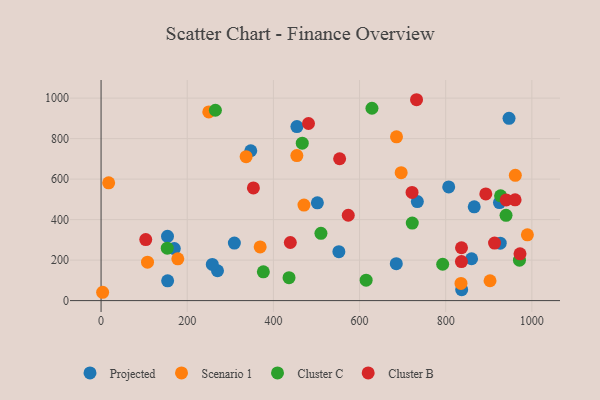
{"axis": {"x": "Speed", "y": "Demand"}, "legend": ["Cluster B", "Cluster C", "Projected", "Scenario 1"], "data": [{"x": "552.0", "y": 241.5, "type": "Projected"}, {"x": "837.1", "y": 54.0, "type": "Projected"}, {"x": "866.2", "y": 463.1, "type": "Projected"}, {"x": "502.1", "y": 482.6, "type": "Projected"}, {"x": "685.3", "y": 182.4, "type": "Projected"}, {"x": "154.5", "y": 97.8, "type": "Projected"}, {"x": "454.6", "y": 859.4, "type": "Projected"}, {"x": "860.1", "y": 206.6, "type": "Projected"}, {"x": "154.2", "y": 317.6, "type": "Projected"}, {"x": "734.2", "y": 488.8, "type": "Projected"}, {"x": "270.3", "y": 147.5, "type": "Projected"}, {"x": "926.6", "y": 283.7, "type": "Projected"}, {"x": "258.2", "y": 178.7, "type": "Projected"}, {"x": "347.5", "y": 740.1, "type": "Projected"}, {"x": "309.4", "y": 284.3, "type": "Projected"}, {"x": "947.0", "y": 900.3, "type": "Projected"}, {"x": "924.8", "y": 484.0, "type": "Projected"}, {"x": "807.0", "y": 561.4, "type": "Projected"}, {"x": "170.0", "y": 257.0, "type": "Projected"}, {"x": "454.5", "y": 716.1, "type": "Scenario 1"}, {"x": "17.6", "y": 581.8, "type": "Scenario 1"}, {"x": "696.6", "y": 631.7, "type": "Scenario 1"}, {"x": "250.0", "y": 931.7, "type": "Scenario 1"}, {"x": "989.6", "y": 324.7, "type": "Scenario 1"}, {"x": "835.5", "y": 84.9, "type": "Scenario 1"}, {"x": "685.8", "y": 808.9, "type": "Scenario 1"}, {"x": "369.3", "y": 265.3, "type": "Scenario 1"}, {"x": "961.6", "y": 618.7, "type": "Scenario 1"}, {"x": "471.0", "y": 471.7, "type": "Scenario 1"}, {"x": "107.8", "y": 189.8, "type": "Scenario 1"}, {"x": "3.6", "y": 41.1, "type": "Scenario 1"}, {"x": "336.7", "y": 710.8, "type": "Scenario 1"}, {"x": "902.9", "y": 97.9, "type": "Scenario 1"}, {"x": "178.1", "y": 206.1, "type": "Scenario 1"}, {"x": "940.1", "y": 421.0, "type": "Cluster C"}, {"x": "722.4", "y": 382.9, "type": "Cluster C"}, {"x": "467.0", "y": 777.2, "type": "Cluster C"}, {"x": "510.4", "y": 332.3, "type": "Cluster C"}, {"x": "615.3", "y": 100.9, "type": "Cluster C"}, {"x": "376.7", "y": 141.9, "type": "Cluster C"}, {"x": "793.0", "y": 179.5, "type": "Cluster C"}, {"x": "927.4", "y": 517.3, "type": "Cluster C"}, {"x": "153.6", "y": 259.1, "type": "Cluster C"}, {"x": "971.2", "y": 199.7, "type": "Cluster C"}, {"x": "265.4", "y": 940.0, "type": "Cluster C"}, {"x": "436.3", "y": 113.4, "type": "Cluster C"}, {"x": "628.8", "y": 949.8, "type": "Cluster C"}, {"x": "439.3", "y": 286.9, "type": "Cluster B"}, {"x": "836.5", "y": 192.6, "type": "Cluster B"}, {"x": "732.3", "y": 992.0, "type": "Cluster B"}, {"x": "836.7", "y": 261.1, "type": "Cluster B"}, {"x": "573.8", "y": 421.4, "type": "Cluster B"}, {"x": "353.6", "y": 556.3, "type": "Cluster B"}, {"x": "553.8", "y": 700.4, "type": "Cluster B"}, {"x": "972.5", "y": 230.8, "type": "Cluster B"}, {"x": "940.4", "y": 497.2, "type": "Cluster B"}, {"x": "721.9", "y": 534.4, "type": "Cluster B"}, {"x": "893.1", "y": 526.6, "type": "Cluster B"}, {"x": "481.5", "y": 874.6, "type": "Cluster B"}, {"x": "103.7", "y": 301.6, "type": "Cluster B"}, {"x": "913.4", "y": 284.2, "type": "Cluster B"}, {"x": "961.1", "y": 497.7, "type": "Cluster B"}]}